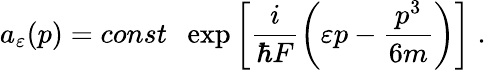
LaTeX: a_{\varepsilon}(p)=const\; \; \exp\left[\frac{i}{\hbar F}\left(\varepsilon p-\frac{p^{3}}{6m}\right)\right]\; .